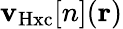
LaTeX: \mathbf{v}_{\mathrm{{Hxc}}}[n](\mathbf{{r}})